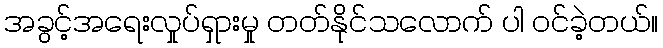
အခွင့်အရေးလှုပ်ရှားမှု တတ်နိုင်သလောက် ပါ ဝင်ခဲ့တယ်။